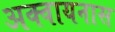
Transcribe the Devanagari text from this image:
अक्वायनास